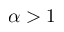
\alpha > 1